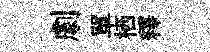
劇單栖釋